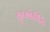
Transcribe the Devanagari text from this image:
कूष्मांडीति